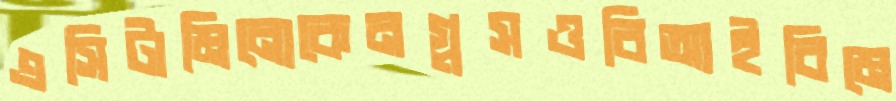
এসিটামিনোকেনগ্লসওবিআইবিমে